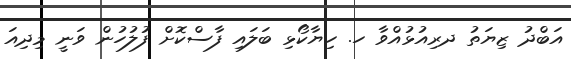
އަބްދު ޒިޔަތު ދރިއުޅުއްވާ ހ. ހިޔާކޯޅި ބަލައި ފާސްކޮށް ފުުލުހުން ވަނީ މިދިއަ